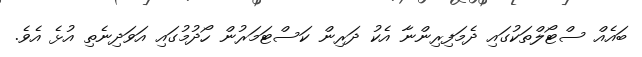
ބައެއް ސްޓޯލްތަކުގައި ދެމަފިރިންނާ އެކު ދަރިން ކަސްޓަމަރުން ހޯދުމުގައި އަވަދިނެތި އުޅެ އެވެ.